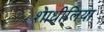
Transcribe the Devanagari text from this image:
शाधीलिया